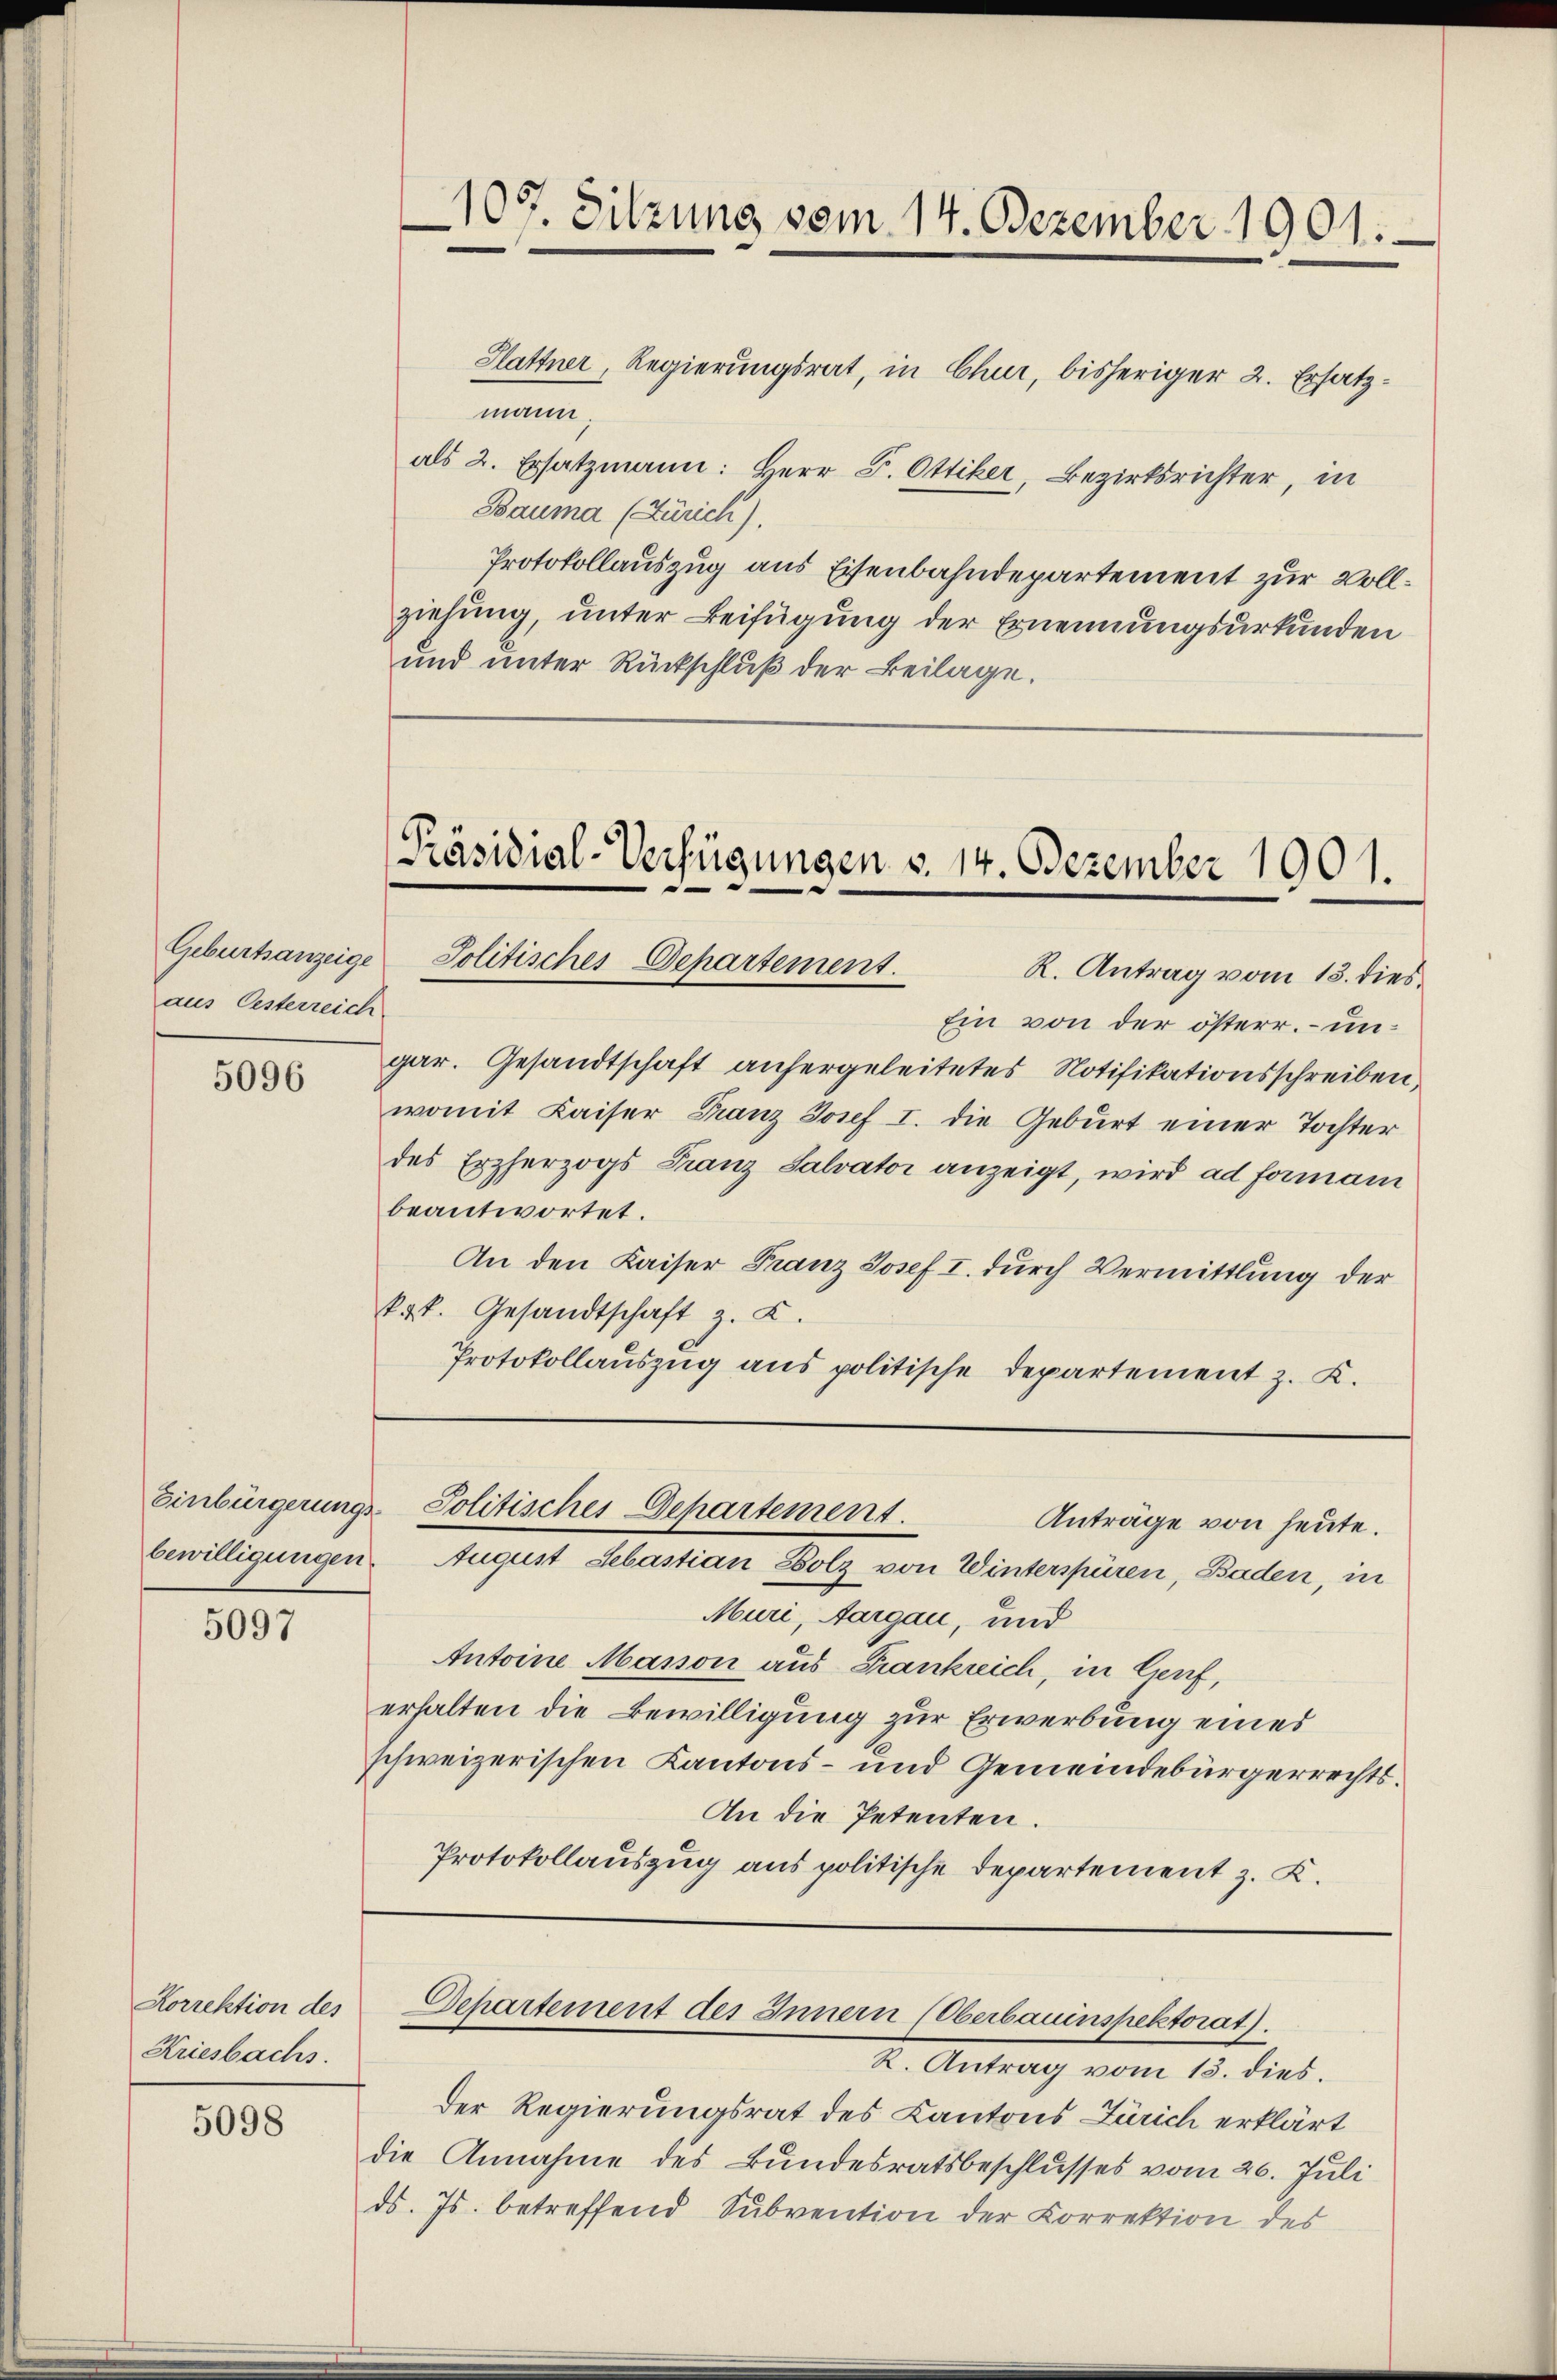
Geburtsanzeige
aus Oesterreich

5096

5097

Korrektion des
Kriesbachs.

5098

107. Sitzung vom 14. Dezember 1901.

Slattner, Regierungsrat, in Chur, bisheriger 2. Ersatzmann.
als 2. Ersatzmann: Herr P. Ottiker, Bezirksrichter, in
Bauma (Zürich),
Protokollauszug aus Eisenbahndepartement zur Vollziehung, unter Beifügung der Ernennungsurkunden
und unter Rückschluß der Beilage.
[Präsidial-Verfügungen v. 14. Dezember 1901.
Solitisches Departement.
R. Antrag vom 13. dies
Ein von der österr. – ungar. Gesandtschaft anhergeleitetes Notifikationsschreiben,
womit Kaiser Franz Josef I. die Geburt einer Tochter
des Erzherzogs Franz Salvator anzeigt, wird ad formani
beantwortet.
An den Kaiser Franz Josef I. durch Vermittlung der
k.k. Gesandtschaft z. K.
Protokollauszug aus politische Departement z. K.

Einbürgerungs- Politisches Departement.
Anträge von heute.

bewilligungen. August Sebastian Holz von Winterspüren, Baden, in
Muri, Aargau, und
Antoine Masson aus Frankreich, in lauf,
erhalten die Bewilligung zur Erwerbung eines
schweizerischen Kantons- und Gemeindebürgerrechts¬
An die Petenten.
Protokollauszug aus politische Departement z. K.

Departement des Innern (Oberbauinspektorat).

K. Antrag vom 15. dies.
der Regierungsrat des Kantons Zürich erklärt
die Annahme des Bundesratsbeschlusses vom 26. Juli
ds. Js. betreffend Subvention der Korrektion des